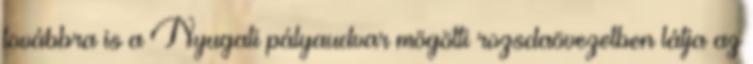
továbbra is a Nyugati pályaudvar mögötti rozsdaövezetben látja az